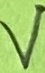
Text: V